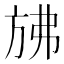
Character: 𰕧